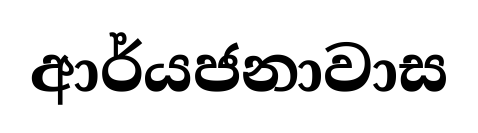
ආර්යජනාවාස